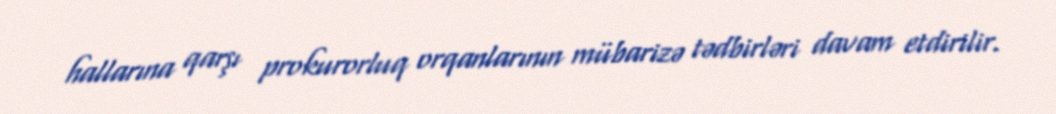
hallarına qarşı prokurorluq orqanlarının mübarizə tədbirləri davam etdirilir.